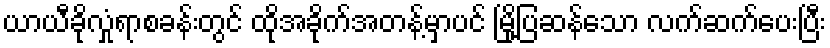
ယာယီခိုလှုံရာစခန်းတွင် ထိုအခိုက်အတန့်မှာပင် မြို့ပြဆန်သော လက်ဆက်ပေးပြီး